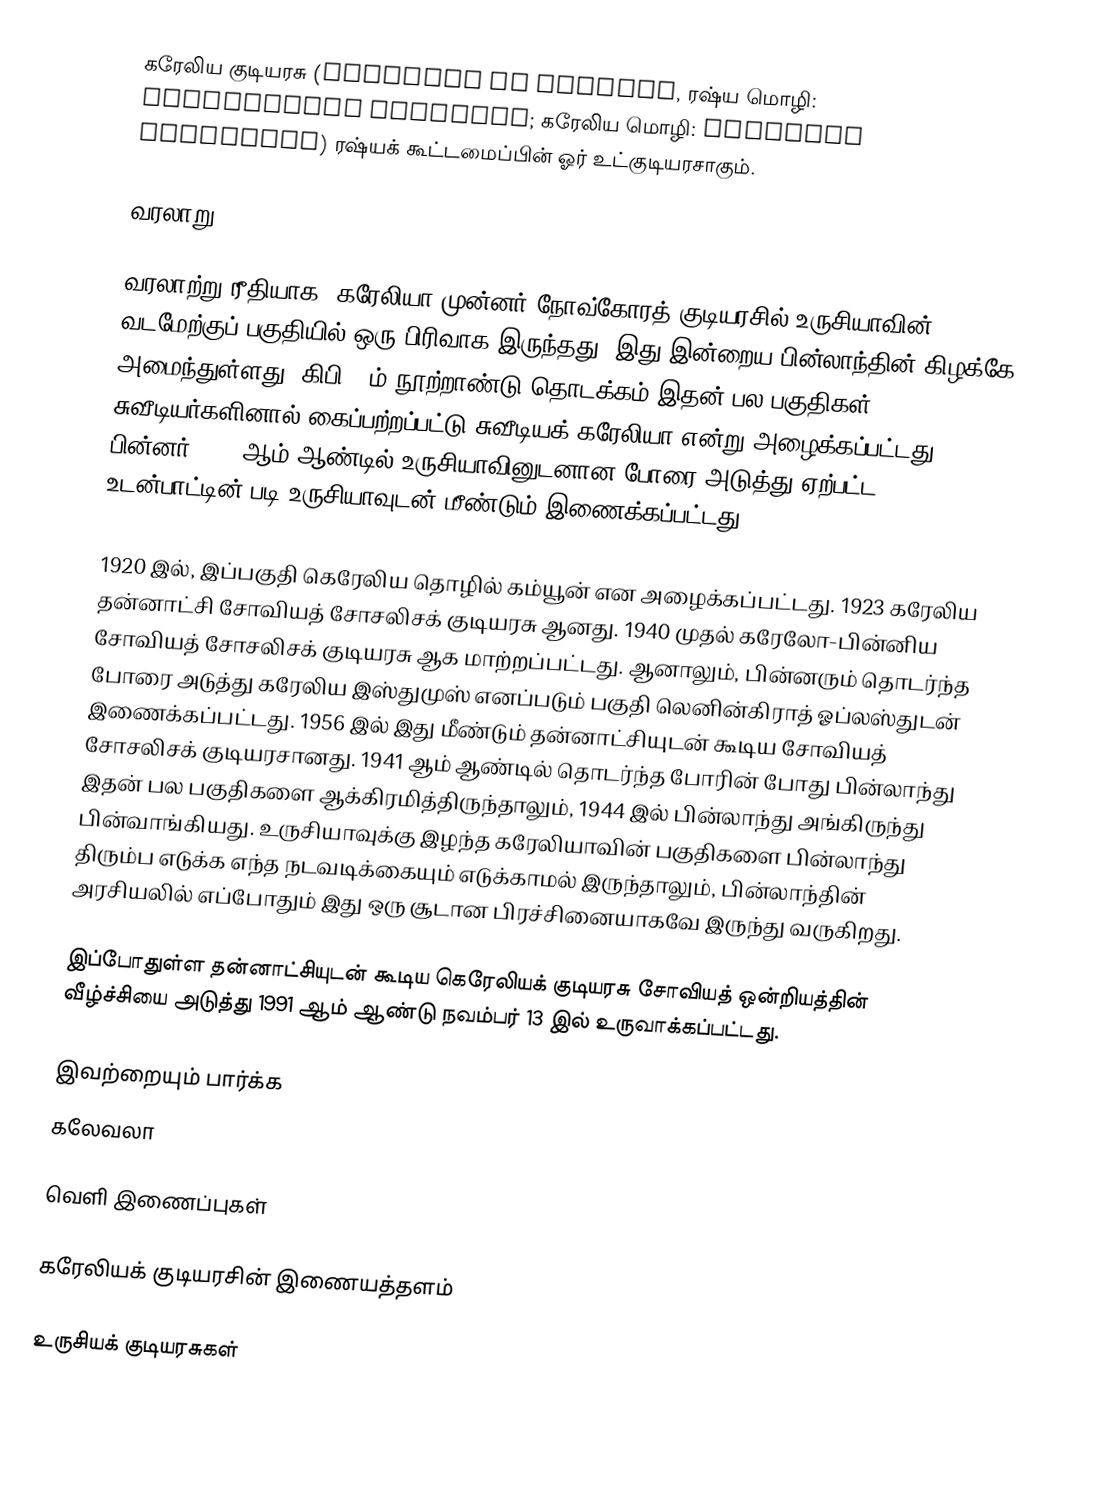
கரேலிய குடியரசு (Republic of Karelia, ரஷ்ய மொழி: Респу́блика Каре́лия; கரேலிய மொழி: Karjalan tazavaldu) ரஷ்யக் கூட்டமைப்பின் ஓர் உட்குடியரசாகும்.

வரலாறு

வரலாற்று ரீதியாக, கரேலியா முன்னர் நோவ்கோரத் குடியரசில் உருசியாவின் வடமேற்குப் பகுதியில் ஒரு பிரிவாக இருந்தது. இது இன்றைய பின்லாந்தின் கிழக்கே அமைந்துள்ளது. கிபி 13ம் நூற்றாண்டு தொடக்கம் இதன் பல பகுதிகள் சுவீடியர்களினால் கைப்பற்றப்பட்டு சுவீடியக் கரேலியா என்று அழைக்கப்பட்டது. பின்னர் 1721 ஆம் ஆண்டில் உருசியாவினுடனான போரை அடுத்து ஏற்பட்ட உடன்பாட்டின் படி உருசியாவுடன் மீண்டும் இணைக்கப்பட்டது.

1920 இல், இப்பகுதி கெரேலிய தொழில் கம்யூன் என அழைக்கப்பட்டது. 1923 கரேலிய தன்னாட்சி சோவியத் சோசலிசக் குடியரசு ஆனது. 1940 முதல் கரேலோ-பின்னிய சோவியத் சோசலிசக் குடியரசு ஆக மாற்றப்பட்டது. ஆனாலும், பின்னரும் தொடர்ந்த போரை அடுத்து கரேலிய இஸ்துமுஸ் எனப்படும் பகுதி லெனின்கிராத் ஓப்லஸ்துடன் இணைக்கப்பட்டது. 1956 இல் இது மீண்டும் தன்னாட்சியுடன் கூடிய சோவியத் சோசலிசக் குடியரசானது. 1941 ஆம் ஆண்டில் தொடர்ந்த போரின் போது பின்லாந்து இதன் பல பகுதிகளை ஆக்கிரமித்திருந்தாலும், 1944 இல் பின்லாந்து அங்கிருந்து பின்வாங்கியது. உருசியாவுக்கு இழந்த கரேலியாவின் பகுதிகளை பின்லாந்து திரும்ப எடுக்க எந்த நடவடிக்கையும் எடுக்காமல் இருந்தாலும், பின்லாந்தின் அரசியலில் எப்போதும் இது ஒரு சூடான பிரச்சினையாகவே இருந்து வருகிறது.

இப்போதுள்ள தன்னாட்சியுடன் கூடிய கெரேலியக் குடியரசு சோவியத் ஒன்றியத்தின் வீழ்ச்சியை அடுத்து 1991 ஆம் ஆண்டு நவம்பர் 13 இல் உருவாக்கப்பட்டது.

இவற்றையும் பார்க்க
கலேவலா

வெளி இணைப்புகள்

கரேலியக் குடியரசின் இணையத்தளம்

உருசியக் குடியரசுகள்